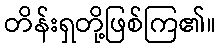
တိန်းရှတို့ဖြစ်ကြ၏။